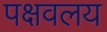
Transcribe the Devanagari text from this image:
पक्षवलय